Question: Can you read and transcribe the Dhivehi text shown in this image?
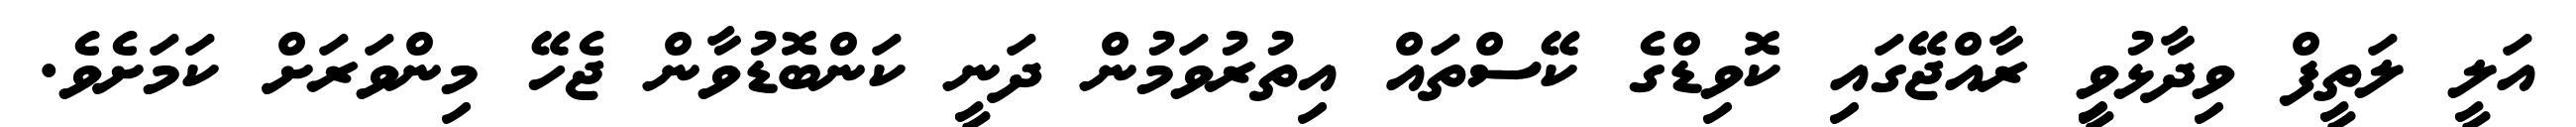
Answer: އަލީ ލަތީފް ވިދާޅުވީި ރާއްޖޭގައި ކޮވިޑްގެ ކޭސްތައް އިތުރުވަމުން ދަނީ ކަންބޮޑުވާން ޖެހޭ މިންވަރަށް ކަމަށެވެ.